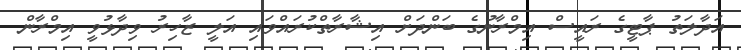
އަދާލަތު ޕާޓީގެ ރައީސް އިމްރާނުގެ ބަންދަށް އިޝާރާތްކުރައްވައި އަލީ ޒާހިރު ވިދާޅުވީ އިމްރާން